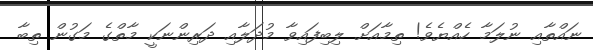
ނައްތާއި ނުލަމާ ހެއްޔެވެ! ތިމާއަށް ލިބިފައިވާ މުދަލާއި ދަރިންނަކީ މާތްގެ މަގުން ތިބާ